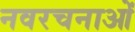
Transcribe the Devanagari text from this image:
नवरचनाओं